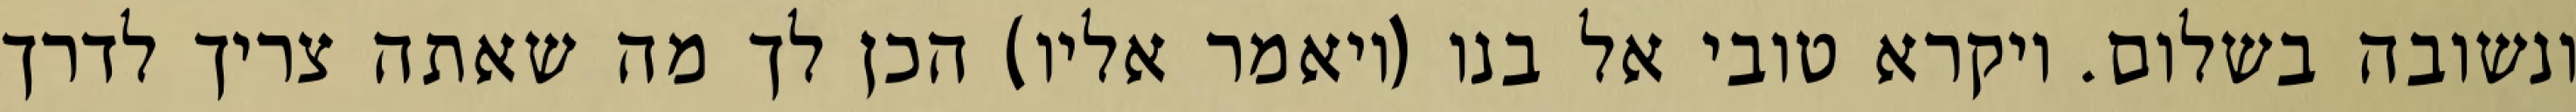
ונשובה בשלום. ויקרא טובי אל בנו (ויאמר אליו) הכן לך מה שאתה צריך לדרך